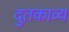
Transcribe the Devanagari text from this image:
दुतकाव्य